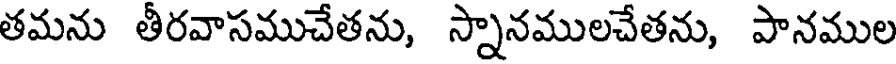
తమను తీరవాసముచేతను, స్నానములచేతను, పానముల